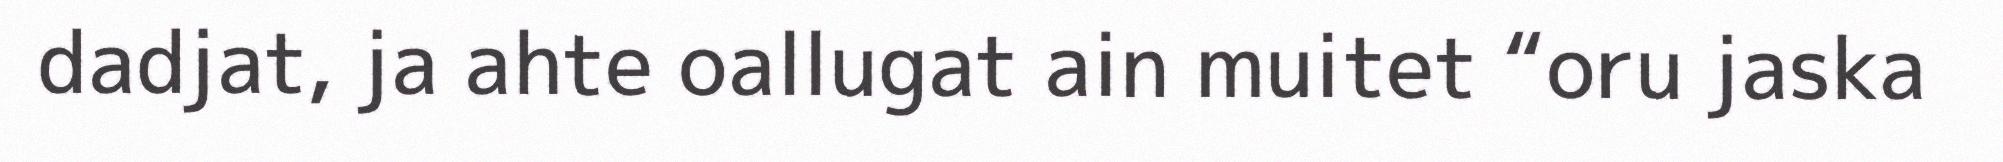
dadjat, ja ahte oallugat ain muitet “oru jaska